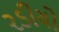
રડીયો